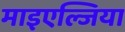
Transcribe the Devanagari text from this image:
माइएल्जिया